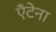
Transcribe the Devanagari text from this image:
ऍंटेना